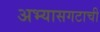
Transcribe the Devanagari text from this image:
अभ्यासगटाची